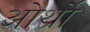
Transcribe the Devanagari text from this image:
ओर्थ्रो